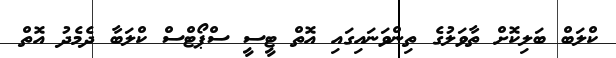
ކްލަބް ބަލިކޮށް ތާވަލުގެ ތިންވަނައިގައި އޮތް ޓީސީ ސްޕޯޓްސް ކްލަބާ ދެމެދު އޮތް